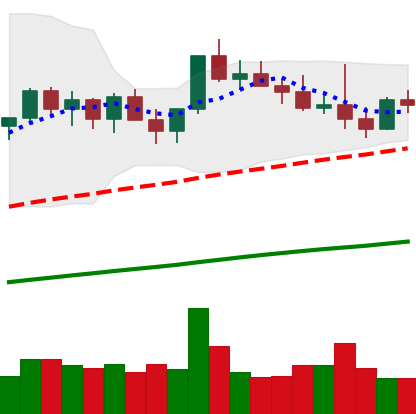
Ticker: NEO-USD
Chart end date: 2021-03-27
Forward return: 28.464%
Label: up_7plus